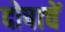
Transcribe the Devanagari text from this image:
दोषाचें